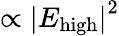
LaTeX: \propto\left|E_{\mathrm{high}}\right|^{2}